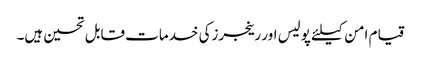
قیام امن کیلئے پولیس اور رینجرزکی خدمات قابل تحسین ہیں۔